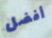
أفضل